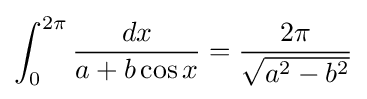
\int _{0}^{2\pi }{\frac {dx}{a+b\cos x}}={\frac {2\pi }{\sqrt {a^{2}-b^{2}}}}